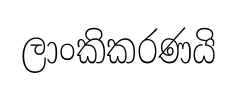
ලාංකිකරණයි